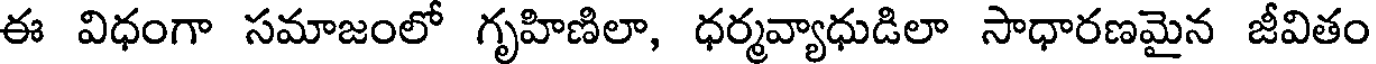
ఈ విధంగా సమాజంలో గృహిణిలా, ధర్మవ్యాధుడిలా సాధారణమైన జీవితం